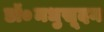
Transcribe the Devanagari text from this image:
डॉ०मधुसूदन